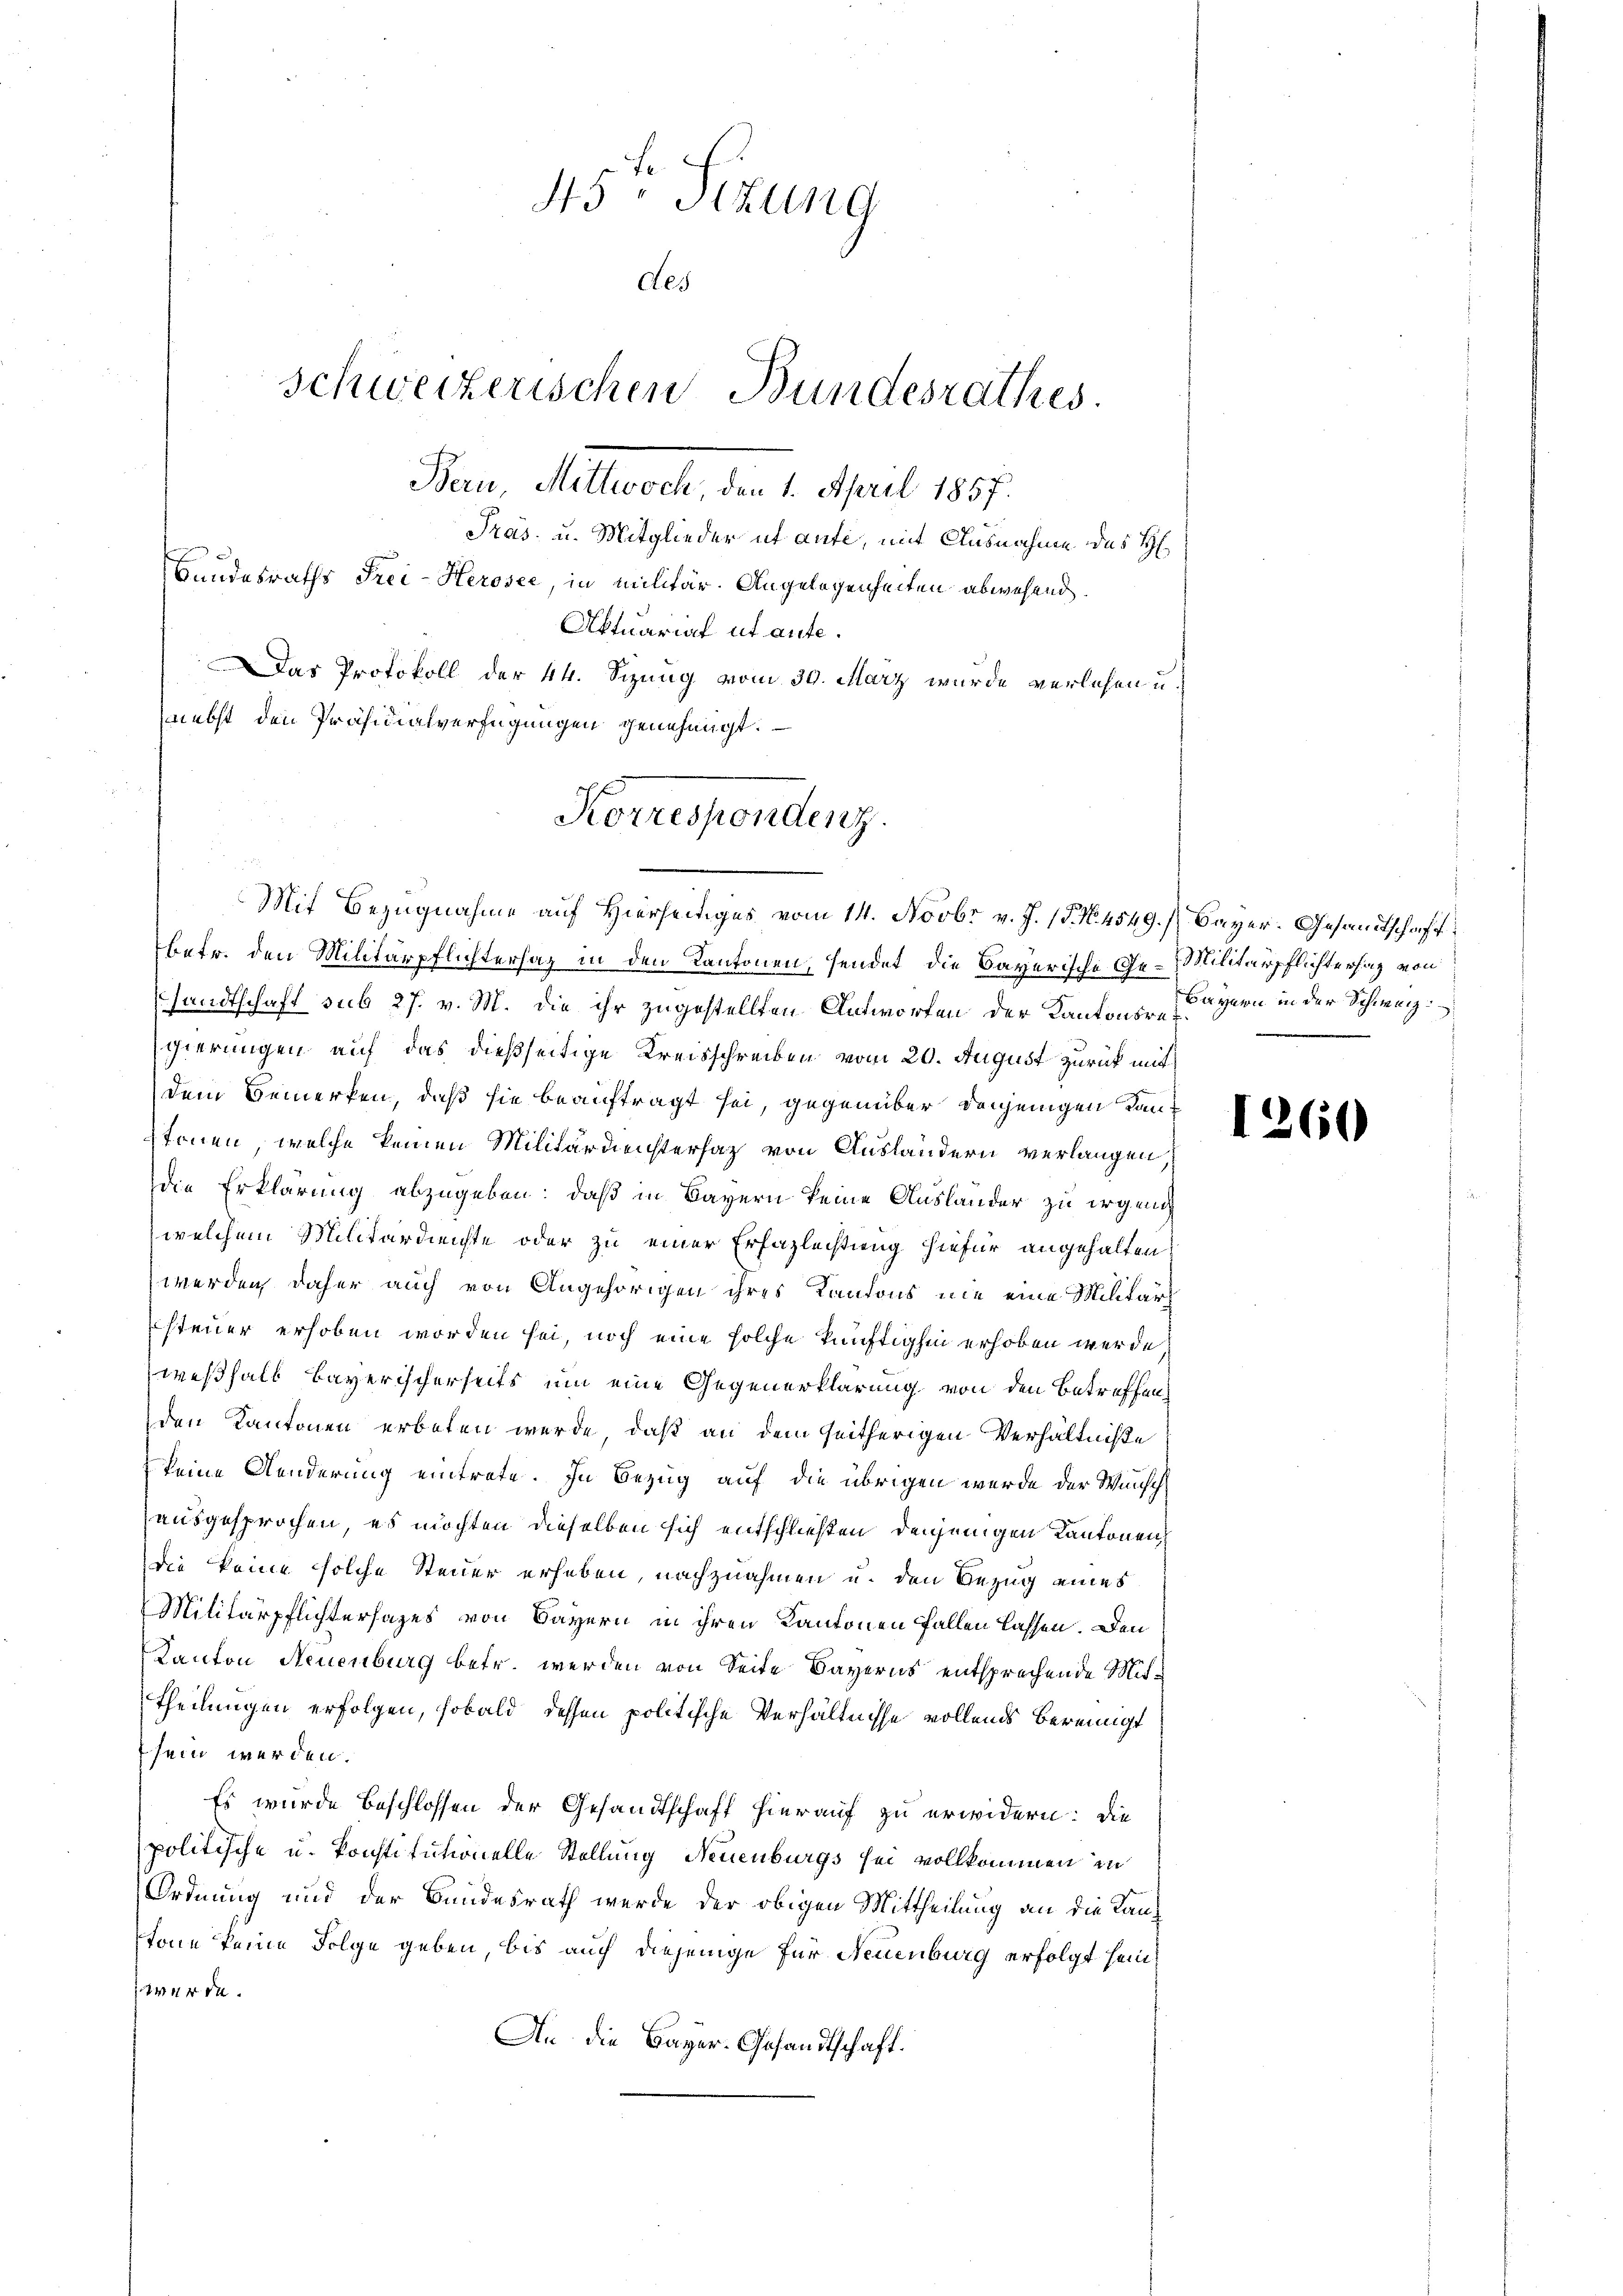
45. Sekung
des
Schweizerischen Bundesrathes.
Bern, Mittwoch, den 1. April 1857.
Pras. u. Mitglieder ut aufe, mit Ausnahme des H
Bundesraths Frei-Herosee, in militär. Angelegenheiten abwesend.
Aktuarial ut ante.
Das Protokoll der 44. Sizung vom 30. März wurde verlesen u.
nebst den Präsidialverfügungen genehmigt.

Korrespondenz.

Mit Bezugnahme auf Hierseitiges vom 14. Novbr v. J. 15. No. 4549. / Bayer. Gesandtschaft
betr. den Militärpflichtersaz in den Kantonen, sendet, die Bayerische Ge-Militärpflichterhaz von
sandtschaft sub 27. v. M. die ihr zugestellten Antworfen der Kantons-Kayern in der Schweiz
gierungen auf das dießseitige Kreisschreiben vom 20. August zurück mit
dem Bemerken, daß sie beauftragt sei, gegenüber denjenigen Kanstonen, welche keinen Militärdienstersatz von Ausländern verlangen,
die Erklärung abzugeben: daß in Bayern keine Auslander zu irgende
welchem Militärdienste oder zu einer Erfazleistung hiefür angehalten,
werden, daher auch von Angehörigen ihres Kantons nie eine Militär
steuer erhoben worden sei, noch eine solche künftighin erhoben werde
weßhalb bayerischerseits um eine Gegenerklärung von den Betreffenden Kantonen erboten werde, daß an dem seitherigen Verhältniße
keine Aenderung eintrete. In Bezug auf die übrigen werde der Wunsch
ausgesprochen, es möchten dieselben sich entschließen denjenigen Kantonen
die keine solche Steuer erheben, nachzuahmen u. den Bezug eines
Militärpflichtersages von Bayern in ihren Kantonen fallen lassen. Den
Kanton Neuenburg betr. werden von Seite Bayerns entsprechende Mittheilungen erfolgen, sobald dessen politische Verhältnisse vollends bereinigt
sein werden.
Es wurde beschlossen der Gesandtschaft hierauf zu erwidern: Die
politische u. konstitutionelle Stellung Neuenburgs sei vollkommen in
Ordnung und der Bundesrath werde der obigen Mittheilung an die Kantone keine Folge geben, bis auch diejenige für Neuenburg erfolgt sein,
werde.
An die Bayer-Gesandtschaft.

1260